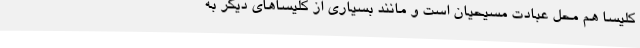
کلیسا هم محل عبادت مسیحیان است و مانند بسیاری از کلیسا‌های دیگر به